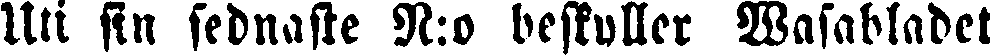
Uti sin sednaste N:o beskyller Wasabladet